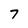
Character: 7